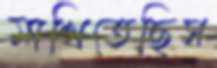
মাখিতেছিস